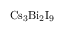
\mathrm { C s _ { 3 } B i _ { 2 } I _ { 9 } }